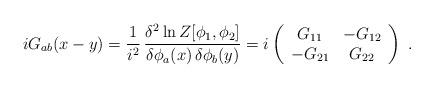
LaTeX: \begin{align*}iG_{ab}(x-y) = \frac 1{i^2}\,\frac{\delta^2\ln Z[\phi_1,\phi_2]} {\delta\phi_a(x)\,\delta\phi_b(y)} = i \left(\begin{array}{cc} G_{11} & -G_{12}\\-G_{21} & G_{22} \end{array}\right) \ .\end{align*}